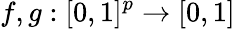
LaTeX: f,g:[0,1]^{p}\rightarrow[0,1]